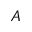
A